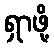
ရှာဖို့